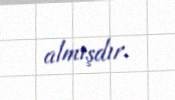
almışdır.